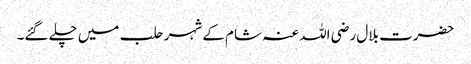
حضرت بلال رضی اللہ عنہ شام کے شہر حلب میں چلے گئے۔